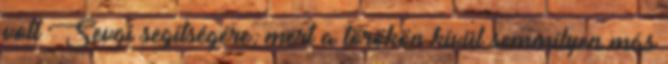
volt Sevgi segítségére, mert a törökön kívül semmilyen más